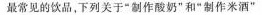
最常见的饮品，下列关于”制作酸奶”和”制作米酒”